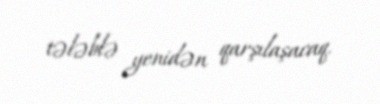
tələblə yenidən qarşılaşacaq.